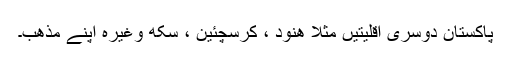
پاکستان دوسری اقلیتیں مثلا ھنود ، کرسچئین ، سکھ وغیرہ اپنے مذھب۔